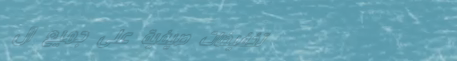
تخفيضات صيفية على جميع ال